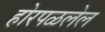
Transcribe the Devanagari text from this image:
होरपळलेल